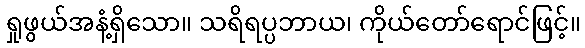
ရှုဖွယ်အနံ့ရှိသော။ သရိရပ္ပဘာယ၊ ကိုယ်တော်ရောင်ဖြင့်။